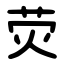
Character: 荧